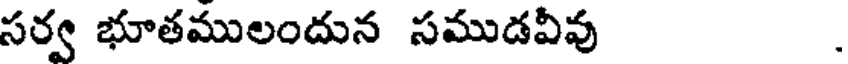
సర్వ భూతములందున సముడవీవు